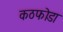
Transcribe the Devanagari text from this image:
कठफोडा